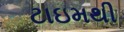
ટાઇમથી